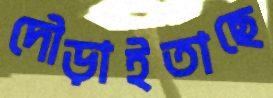
দৌড়াইতাছে